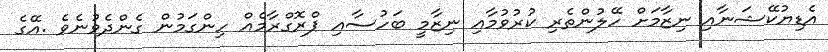
އެޑިޔުކޭޝަނާއި ނިޒާމަށް ހޭލުންތެރި ކުރުވުމާއި ނިޒާމީ ބަހުސާއި ޕްރޮގްރާމެއް ހިންގަމުން ގެންދެވުނެވެ .އޭގެ